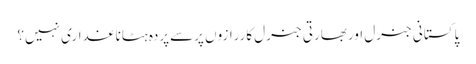
پاکستانی جنرل اوربھارتی جنرل کاررازوں پرسےپردہ ہٹاناغداری نہیں؟